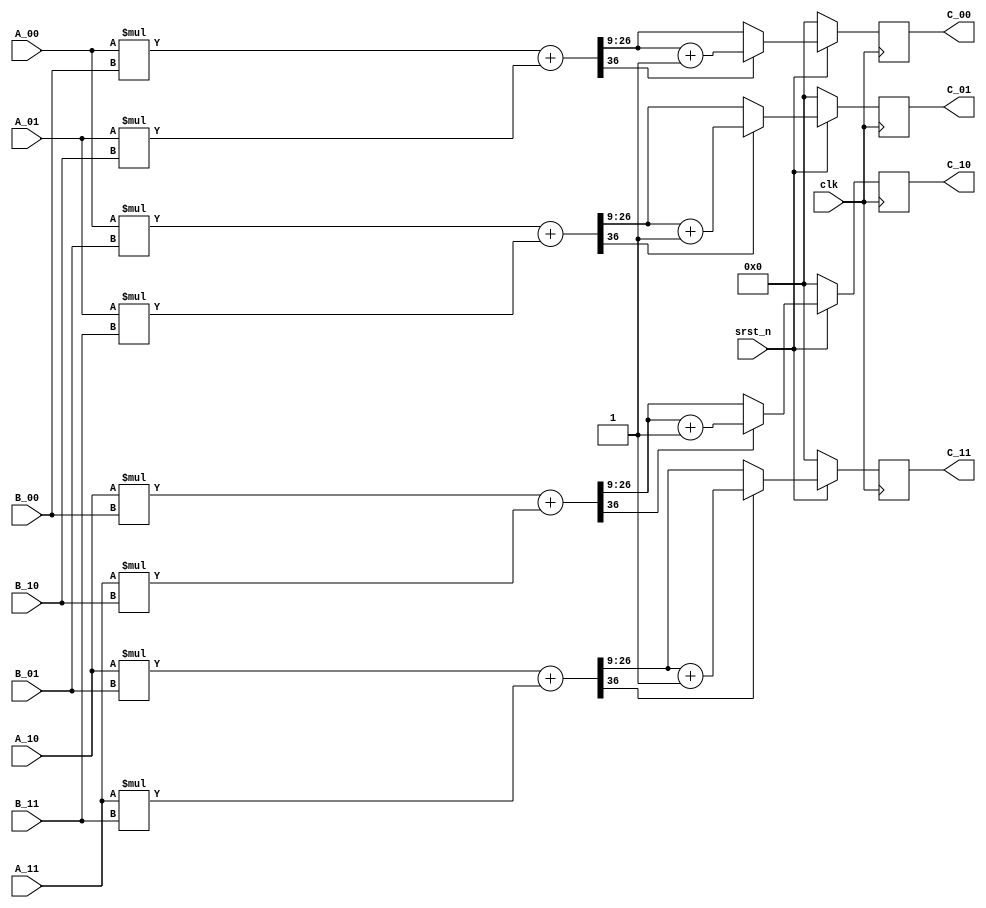
module mult_2x2_2x2 #(
parameter BIT_NUM = 18,
parameter FRAC_NUM = 9
)
(
  input clk,
  input srst_n,
  input [BIT_NUM-1:0] A_00,
  input [BIT_NUM-1:0] A_01,
  input [BIT_NUM-1:0] A_10,
  input [BIT_NUM-1:0] A_11,
  input [BIT_NUM-1:0] B_00,
  input [BIT_NUM-1:0] B_01,
  input [BIT_NUM-1:0] B_10,
  input [BIT_NUM-1:0] B_11,
  output reg signed [BIT_NUM-1:0] C_00,
  output reg signed [BIT_NUM-1:0] C_01,
  output reg signed [BIT_NUM-1:0] C_10,
  output reg signed [BIT_NUM-1:0] C_11
);


// mult phase
reg signed [2*BIT_NUM-1:0] mult [0:7];
always@* begin
  mult[0] = $signed(A_00) * $signed(B_00);
  mult[1] = $signed(A_01) * $signed(B_10);
  mult[2] = $signed(A_00) * $signed(B_01);
  mult[3] = $signed(A_01) * $signed(B_11);
  mult[4] = $signed(A_10) * $signed(B_00);
  mult[5] = $signed(A_11) * $signed(B_10);
  mult[6] = $signed(A_10) * $signed(B_01);
  mult[7] = $signed(A_11) * $signed(B_11);
end

/*always@(posedge clk)
  if(~srst_n) begin
    mult[0] <= 0;
    mult[1] <= 0;
    mult[2] <= 0;
    mult[3] <= 0;
    mult[4] <= 0;
    mult[5] <= 0;
    mult[6] <= 0;
    mult[7] <= 0;
  end
  else begin
    mult[0] <= $signed(A_00) * $signed(B_00);
    mult[1] <= $signed(A_01) * $signed(B_10);
    mult[2] <= $signed(A_00) * $signed(B_01);
    mult[3] <= $signed(A_01) * $signed(B_11);
    mult[4] <= $signed(A_10) * $signed(B_00);
    mult[5] <= $signed(A_11) * $signed(B_10);
    mult[6] <= $signed(A_10) * $signed(B_01);
    mult[7] <= $signed(A_11) * $signed(B_11);
  end*/

// add phase
reg signed [2*BIT_NUM:0] add [0:3];
always@* begin
  add[0] = mult[0] + mult[1];
  add[1] = mult[2] + mult[3];
  add[2] = mult[4] + mult[5];
  add[3] = mult[6] + mult[7];
end


// quantization
always@(posedge clk) 
  if(~srst_n) begin
    C_00 <= 0;    
    C_01 <= 0;  
    C_10 <= 0; 
    C_11 <= 0; 
  end
  else begin
    if(add[0][2*BIT_NUM])
      C_00 <= add[0][BIT_NUM+FRAC_NUM-1:FRAC_NUM] + 1'b1;
    else
      C_00 <= add[0][BIT_NUM+FRAC_NUM-1:FRAC_NUM];    
    if(add[1][2*BIT_NUM])
      C_01 <= add[1][BIT_NUM+FRAC_NUM-1:FRAC_NUM] + 1'b1;
    else
      C_01 <= add[1][BIT_NUM+FRAC_NUM-1:FRAC_NUM];  
    if(add[2][2*BIT_NUM])
      C_10 <= add[2][BIT_NUM+FRAC_NUM-1:FRAC_NUM] + 1'b1;
    else
      C_10 <= add[2][BIT_NUM+FRAC_NUM-1:FRAC_NUM]; 
    if(add[3][2*BIT_NUM])
      C_11 <= add[3][BIT_NUM+FRAC_NUM-1:FRAC_NUM] + 1'b1;
    else
      C_11 <= add[3][BIT_NUM+FRAC_NUM-1:FRAC_NUM]; 
  end




endmodule